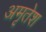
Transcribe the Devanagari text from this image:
अमृतेश